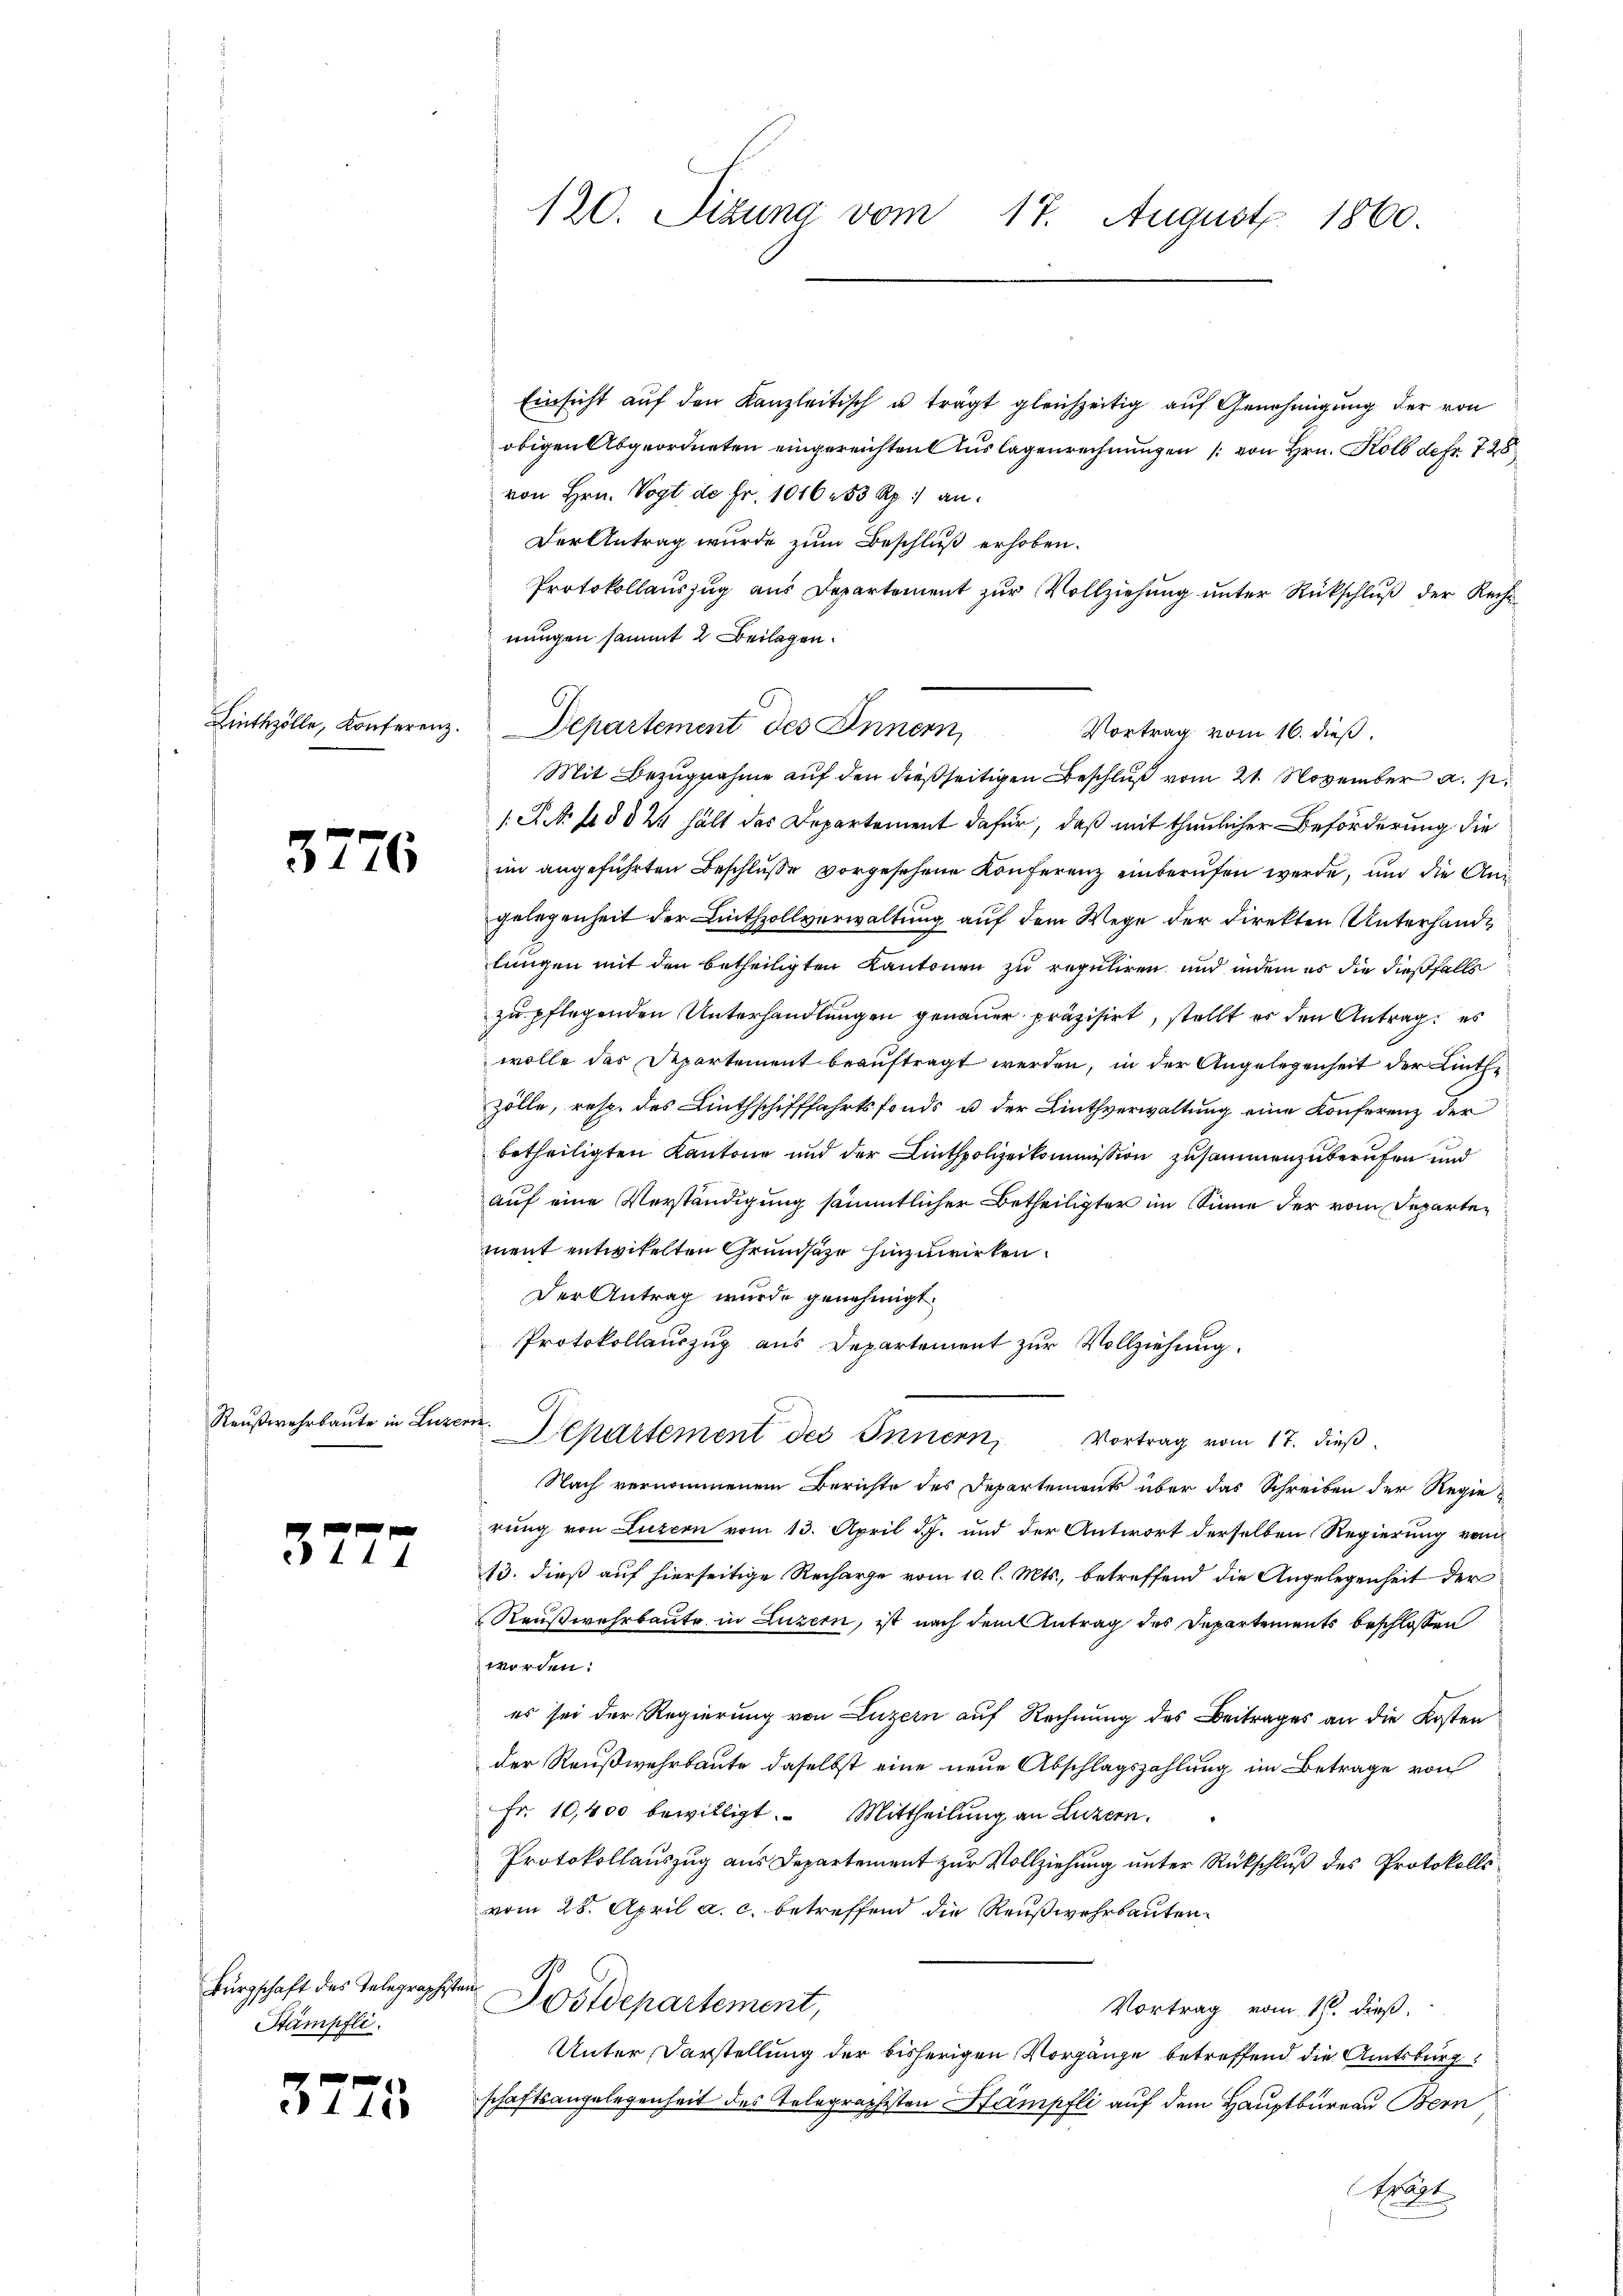
Linthzölle, Konferenz.

57

76

Raußwehrbaute in Luze

0 x
 11 4

3273

Bürgschaft des Telegraphiste
Stämpfli

120. Sizung vom 17. August 1860

Einsicht auf den Kanzleitisch u trägt gleichzeitig auf Genehmigung der von
obigen Abgeordneten eingereichten Auslagenrechnungen (von Hrn. Kolb defr. 728
von Hrn. Vogt de Fr. 1016 83 Rp. an.
Der Antrag wurde zum Beschluß erhoben.
Protokollauszug aus Departement zur Vollziehung unter Rückschluß der Rechtnungen sammt 2 Beilagen.
Departement des Innern,
Vortrag vom 16. dieß.
Mit Bezugnahme auf den dießseitigen Beschluß vom 21. November a. p.
1.P. Nr. 1882 hält des Departement dafür, daß mit thunlicher Beförderung die
im angeführten Beschluße vorgesehene Konferenz einberufen werde, und die Angelegenheit der Linthzollverwaltung auf dem Wege der Direkten Unterhandlungen mit den betheiligten Kantonen zu repuliren und indem es die dießfalls
zu pflegenden Unterhandlungen genauer präzisirt, stellt es den Antrag es
wolle des Departement beauftragt werden, in der Angelegenheit der Linthezölle, resp. des Linthschifffahrtsfonds u der Linthverwaltung eine Konferenz der
betheiligten Kantone und der Linthpolizeikommission zusammenzuberufen und
auf eine Verständigung sämmtlicher Betheiligter im Sinne der vom Departement entwikelten Grundsätze hinzuwirken.
Der Antrag wurde genehmigt.
Protokollauszug aus Departement zur Vollziehung.
.
Separtement des Innern, Vortrag vom 17. dieß
Nach vernommenem Berichte des Departements über das Schreiben der Regierung von Luzern vom 13. April d. J. und der Antwort derselben Regierung von
13. dieß auf hierseitige Recharge vom 10. l. Mts., betreffend die Angelegenheit der
Raußwahrbaute in Luzern, ist nach dem Antrag des Departements beschlossen
worden.
es sei der Regierung von Luzern auf Rechnung des Beitrages an die Kosten
der Reußwehrbaute daselbst eine neue Abschlagszahlung im Betrage von
Fr. 10,400 bewilligt. Mittheilung an Luzern.
Protokollauszug aus Departement zur Vollziehung unter Rückschluß des Protokolls
vom 28. April a. c. betreffend die Reußwehrbauten.
Dostdepartement,
Vortrag vom 16. dieß
Unter Darstellung der bisherigen Vorgänge betreffend die Amtsburg
schaftsangelegenheit des Telegraphisten Stampfli auf dem Hauptbureau Bern
Krart